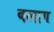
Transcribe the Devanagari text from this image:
बलाग